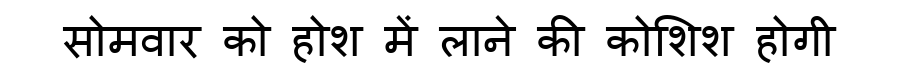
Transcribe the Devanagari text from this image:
सोमवार को होश में लाने की कोशिश होगी